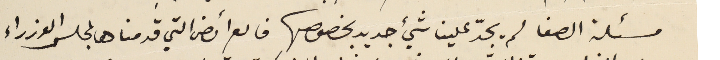
مسئلة الصفا لم يجدّ علينا شيء جديد بخصوصها فالعرائض التي قدمناها لمجلس الوزراء